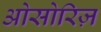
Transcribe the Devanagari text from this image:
ओसोरिज़